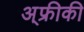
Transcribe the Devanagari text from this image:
अ्फ्रीकी